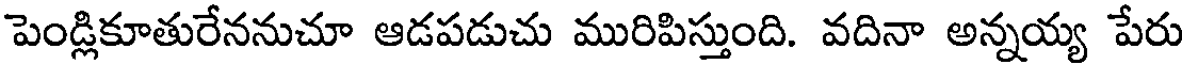
పెండ్లికూతురేననుచూ ఆడపడుచు మురిపిస్తుంది. వదినా అన్నయ్య పేరు